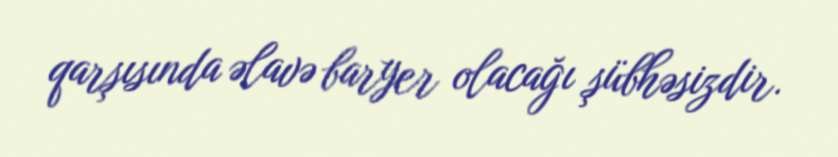
qarşısında əlavə baryer olacağı şübhəsizdir.